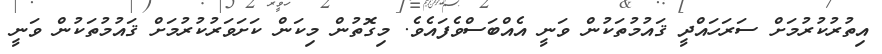
އިތުރުކުރުމަށް ސަރަހައްދީ ޤައުމުތަކުން ވަނީ އެއްބަސްވެފައެވެ. މިގޮތުން މިކަން ކަށަވަރުކުރުމަށް ޤައުމުތަކުން ވަނީ